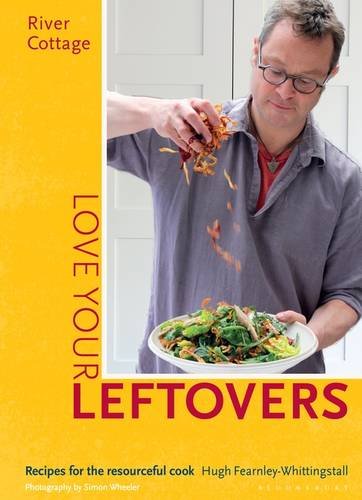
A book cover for River Cottage Love Your Leftovers: Recipes for the Resourceful Cook; Hugh Fearnley-Whittingstall; Cookbooks, Food & Wine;